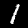
Label: 1